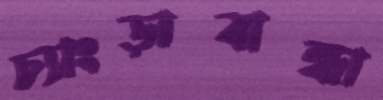
চ্যাংড়াবান্ধা